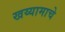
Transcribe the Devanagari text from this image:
खय्यामाचे